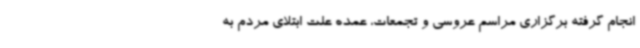
انجام گرفته برگزاری مراسم عروسی و تجمعات، عمده علت ابتلای مردم به